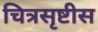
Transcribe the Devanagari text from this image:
चित्रसृष्टीस